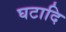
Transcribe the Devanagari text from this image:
घटादि